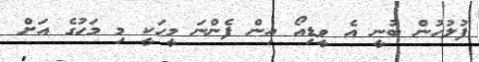
ފުލުހުން ބުނީ އެ ވީޑިއޯ އިން ފެންނަ މީހަކީ މި މަހުގެ އަށް